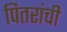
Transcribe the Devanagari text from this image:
पितरांची